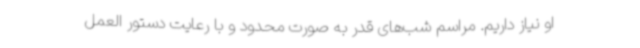
او نیاز داریم. مراسم شب‌های قدر به صورت محدود و با رعایت دستور العمل